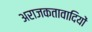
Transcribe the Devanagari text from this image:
अराजकतावादियों